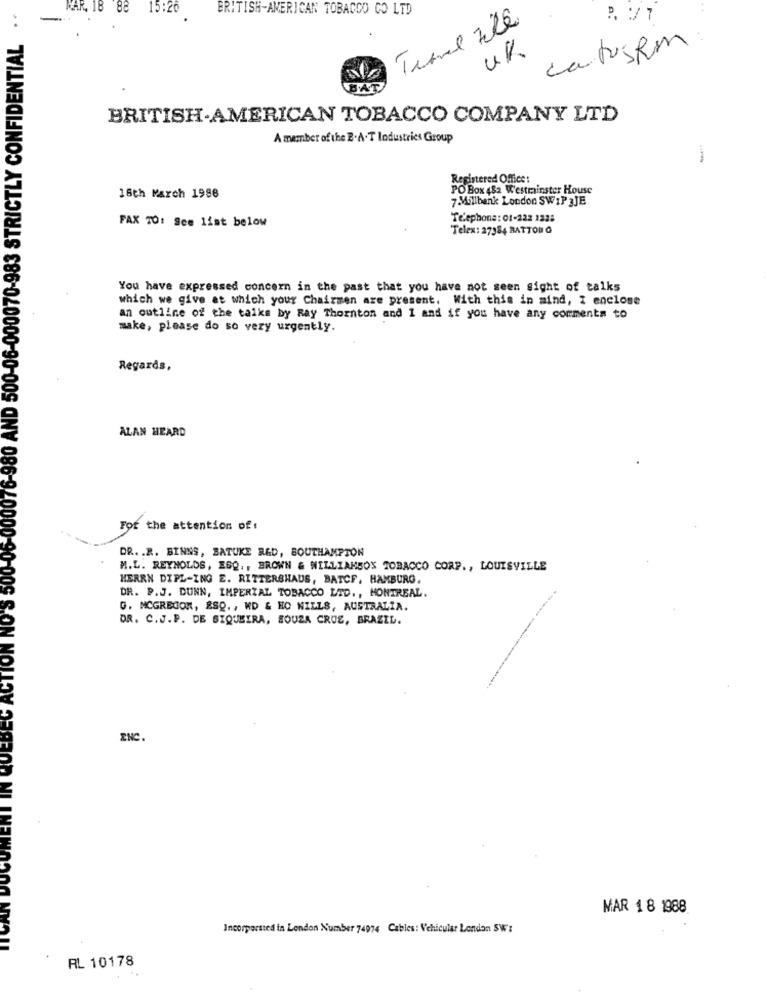
NAR, 18 88 15:26
BRITISH-AMERICAN TOBACCO CO LTD
-.
..
0-06-000076-980 AND 500-06-000070-983 STRICTLY CONFIDENTIAL
UK
La tusRM
BAT
BRITISH-AMERICAN TOBACCO COMPANY LTD
A member of the B.A. T Industries Group
Registered Office:
PO Box 482 Westminster House
16th March 1998
7 Millbank London SWIP 3JE
Telephone : 01-222 132:
FAX TO: See list below
Telex : 27384 BATTONO
You have expressed concern in the past that you have not seen sight of talks
which we give at which your Chairmen are present. With this in mind, I enclose
an outline of the talks by Ray Thornton and 1 and if you have any comments to
make, please do so very urgently.
Regards,
ALAN HEARD
For the attention of:
DR. . R. BINNS, BATUKE RED, SOUTHAMPTON
M.L. REYNOLDS, EGO ., BROWN & WILLIAMSOS TOBACCO CORP ., LOUISVILLE
HERRN DIPL-ING E. RITTERSHAUS, BATCF, HAMBURG.
DR. P.J. DUNN, IMPERIAL TOBACCO LTD ., MONTREAL.
G. MCGREGOR, ESQ. , WD & HO WILLS, AUSTRALIA.
DR. C.J.P. DE SIQUEIRA, SOUZA CROS, BRAZIL.
INC.
MAR 18 1988
Incorporated in London Number 74974 Cables: Vehicular London SW':
RL 10178